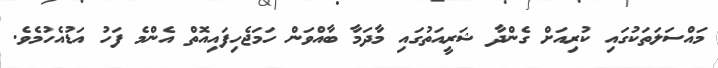
މައްސަލަތަކުގައި ކުރިއަށް ގެންދާ ޝަރީއަތުގައި މާދަމާ ބާއްވަން ހަމަޖެހިފައިއޮތް އެންމެ ފަހު އަޑުއެހުމެވެ.